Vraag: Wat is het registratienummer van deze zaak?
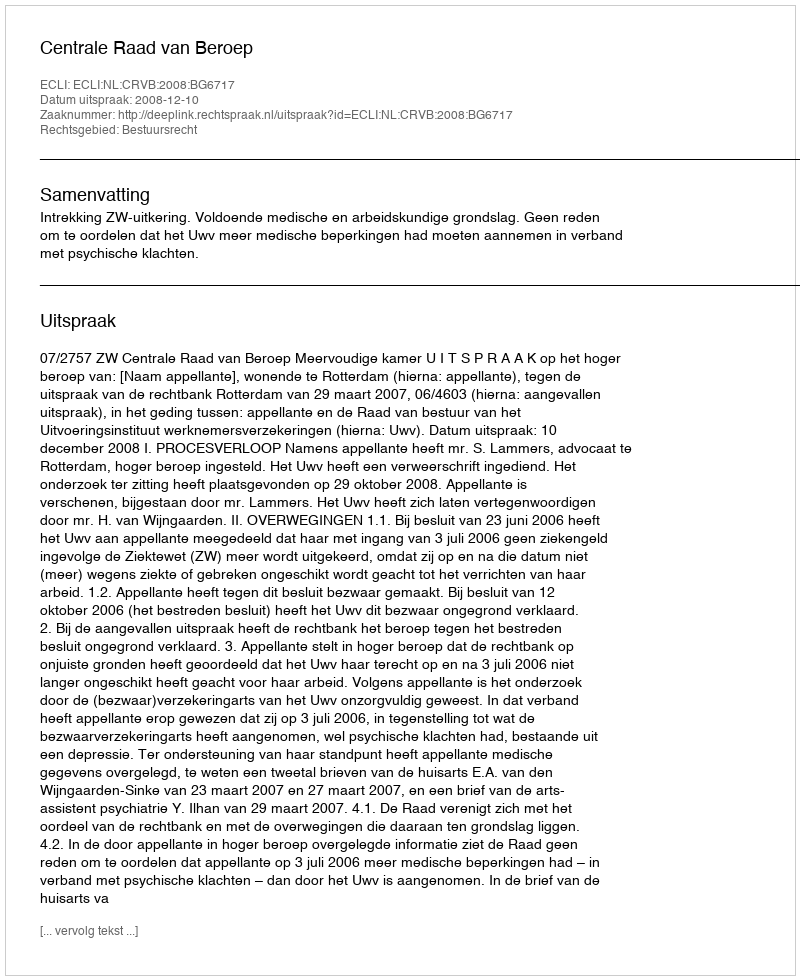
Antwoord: http://deeplink.rechtspraak.nl/uitspraak?id=ECLI:NL:CRVB:2008:BG6717